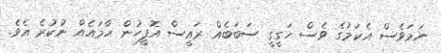
ނަމަވެސް އެކަމުގެ ވެސް ހަގީގީ ސަބަބެއް ރައީސް އޮފީހުން ހާމައެއް ނުކުރެ އެވެ.